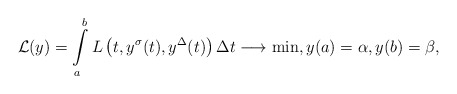
\begin{align*}\mathcal{L}(y)=\int\limits_{a}^{b}L\left(t, y^{\sigma}(t),y^{\Delta}(t)\right)\Delta t \longrightarrow \min,y(a)=\alpha, y(b)=\beta,\end{align*}